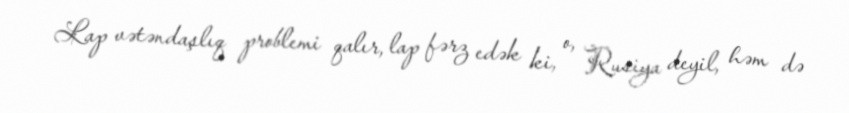
Lap vətəndaşlıq problemi qalır, lap fərz edək ki, o, Rusiya deyil, həm də